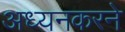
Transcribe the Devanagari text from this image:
अध्यनकरने